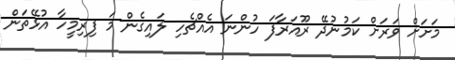
މަށަށް ވަރަށް ކަމުނުދޭ ރޫއަރާފަ ހުންނަ އެއްޗެހި ލައިގެން މަ ފިރިމީހާ އުޅޭތަން